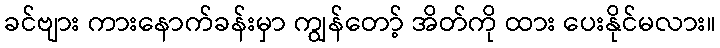
ခင်ဗျား ကားနောက်ခန်းမှာ ကျွန်တော့် အိတ်ကို ထား ပေးနိုင်မလား။